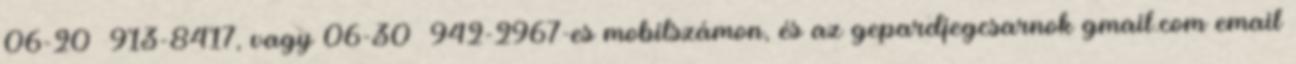
06-20 913-8417, vagy 06-30 942-2967-es mobilszámon, és az gepardjegcsarnok gmail.com email